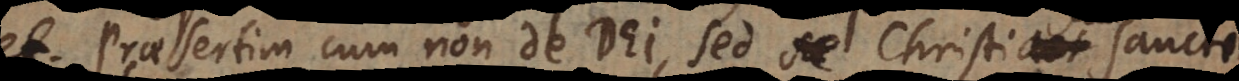
et. Praesertim cum non de Dei, sed Christi aut sancti